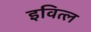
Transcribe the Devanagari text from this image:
इवित्ल